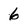
Character: 6